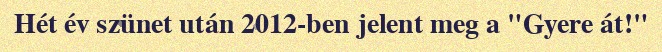
Hét év szünet után 2012-ben jelent meg a "Gyere át!"